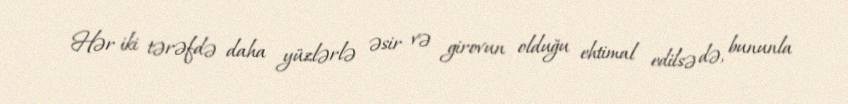
Hər iki tərəfdə daha yüzlərlə əsir və girovun olduğu ehtimal edilsə də, bununla